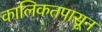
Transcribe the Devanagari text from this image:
कालिकतपासून